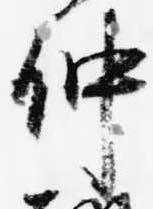
仲